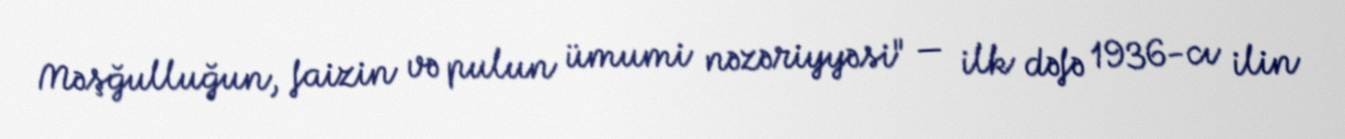
Məşğulluğun, faizin və pulun ümumi nəzəriyyəsi" — ilk dəfə 1936-cı ilin